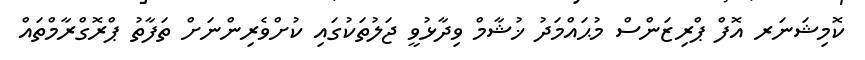
ކޮމިޝަނަރ އޮފް ޕްރިޒަންސް މުޙައްމަދު ޚުޝާމް ވިދާޅުވީ ޖަލުތަކުގައި ކުށްވެރިންނަށް ތަފާތު ޕްރޮގްރާމްތައް